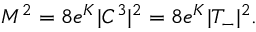
M ^ { 2 } = 8 e ^ { K } | C ^ { 3 } | ^ { 2 } = 8 e ^ { K } | T _ { - } | ^ { 2 } .